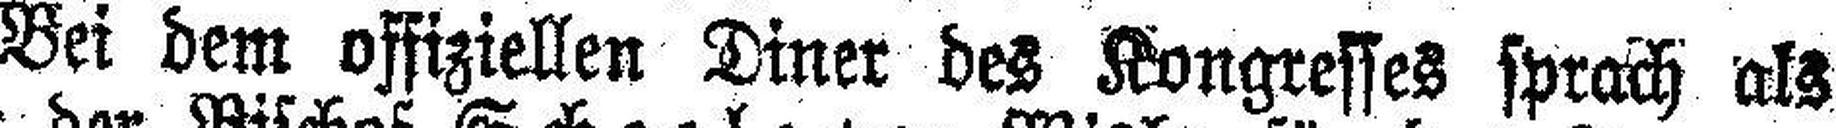
Bei dem offiziellen Diner des Kongresses sprach als